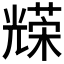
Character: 𠓅